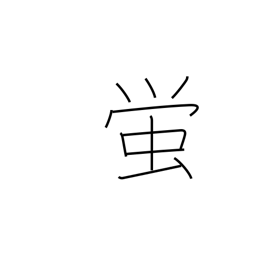
Meaning: firefly